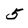
Character: 5